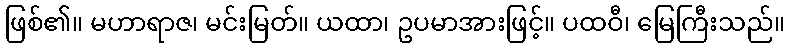
ဖြစ်၏။ မဟာရာဇ၊ မင်းမြတ်။ ယထာ၊ ဥပမာအားဖြင့်။ ပထဝီ၊ မြေကြီးသည်။